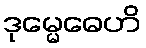
ဒုမ္မေဓေဟိ